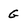
Character: G